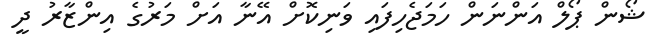
ޝޯން ޕޯލް އަންނަން ހަމަޖެހިފައި ވަނިކޮށް އޭނާ އަށް މަރުގެ އިންޒާރު ދީ